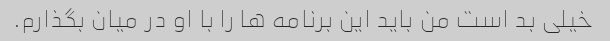
خیلی بد است من باید این برنامه ها را با او در میان بگذارم.